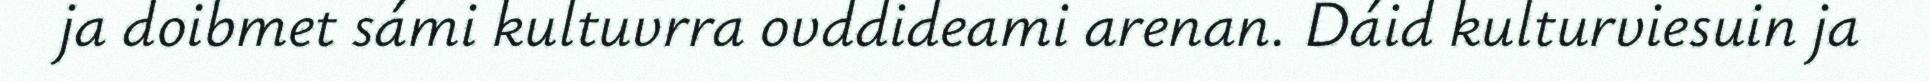
ja doibmet sámi kultuvrra ovddideami arenan. Dáid kulturviesuin ja